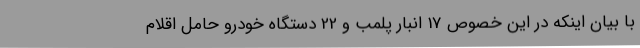
با بیان اینکه در این خصوص 17 انبار پلمب و 22 دستگاه خودرو حامل اقلام